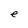
Character: e